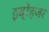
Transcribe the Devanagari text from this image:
इब्रेहजर